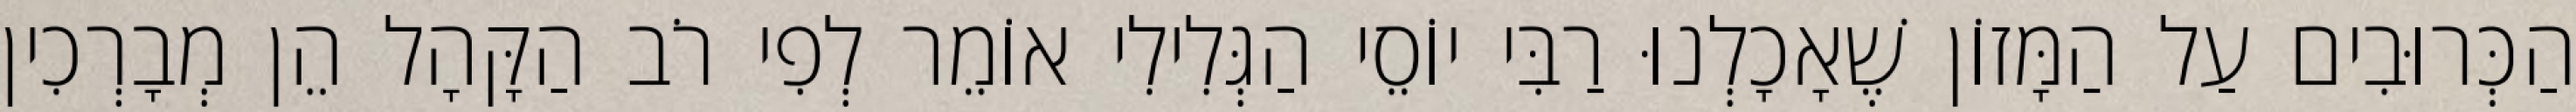
הַכְּרוּבִים עַל הַמָּזוֹן שֶׁאָכָלְנוּ רַבִּי יוֹסֵי הַגְּלִילִי אוֹמֵר לְפִי רֹב הַקָּהָל הֵן מְבָרְכִין